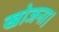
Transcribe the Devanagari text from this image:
खोजना।